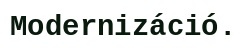
Modernizáció.